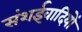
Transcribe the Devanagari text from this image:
संशईवादियों